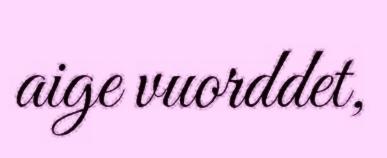
aige vuorddet,